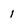
Character: 1